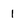
Character: 1